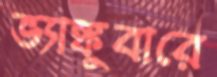
ভ্যাঙ্কুবারে